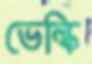
ভেল্কি